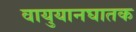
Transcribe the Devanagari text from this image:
वायुयानघातक